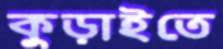
কুড়াইতে